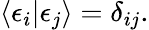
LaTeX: \langle\epsilon_{i}|\epsilon_{j}\rangle=\delta_{ij}.